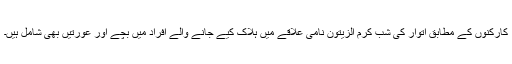
کارکنوں کے مطابق اتوار کی شب کرم الزیتون نامی علاقے میں ہلاک کیے جانے والے افراد میں بچے اور عورتیں بھی شامل ہیں۔